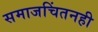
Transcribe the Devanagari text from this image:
समाजचिंतनही